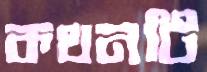
কথনটি